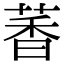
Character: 萫